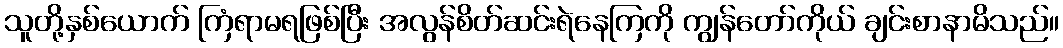
သူတို့နှစ်ယောက် ကြံရာမရဖြစ်ပြီး အလွန်စိတ်ဆင်းရဲနေကြကို ကျွန်တော်ကိုယ် ချင်းစာနာမိသည်။